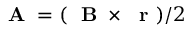
\mathrm { ~ \bf ~ A ~ } = ( \mathrm { ~ \bf ~ B ~ } \times \mathrm { ~ \bf ~ r ~ } ) / 2